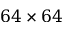
6 4 \times 6 4